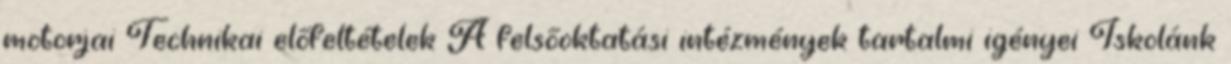
motorjai Technikai előfeltételek A felsőoktatási intézmények tartalmi igényei Iskolánk